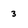
Character: 3